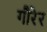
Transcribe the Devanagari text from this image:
गौरेर